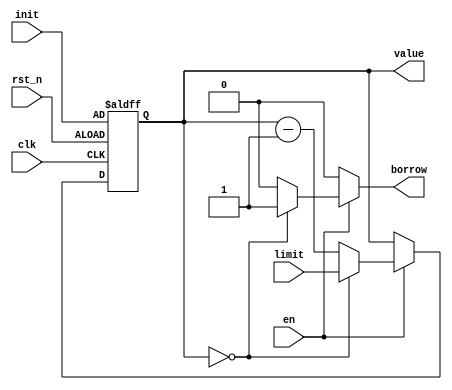
`timescale 1ns / 1ps
//////////////////////////////////////////////////////////////////////////////////
// Company: 
// Engineer: 
// 
// Design Name: 
// Module Name: downcounter
// Project Name: 
// Target Devices: 
// Tool Versions: 
// Description: 
// 
// Dependencies: 
// 
// Revision:
// Revision 0.01 - File Created
// Additional Comments:
// 
//////////////////////////////////////////////////////////////////////////////////


module downcounter(
    output reg [3:0] value,
    output reg borrow,
    input [3:0] init,
    input [3:0] limit,
    input clk,
    input rst_n,
    input en
    );
    
    reg [3:0] next_value;
    
    always @(posedge clk or negedge rst_n)
    begin
        if(rst_n == 0)
            value <= init;
        else
            value <= next_value;
    end
    
    always @*
    begin
        if(en == 0)
        begin
            next_value = value;
            borrow = 1'b0;
        end
        else if(value == 4'b0)
        begin
            next_value = limit;
            borrow = 1'b1;
        end
        else
        begin
            next_value = value - 1'b1;
            borrow = 1'b0;
        end
    end
    
endmodule